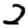
Digit: 2